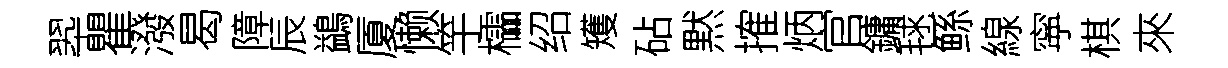
翆瞿潑曷障辰鷁厦懒竽櫺绍矱砧黙搉炳官鏞毬鲧線寜棋來